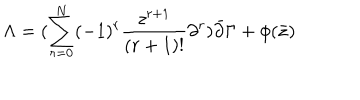
LaTeX: \Lambda = ( \sum _ { r = 0 } ^ { N } ( - 1 ) ^ { r } \frac { z ^ { r + 1 } } { ( r + 1 ) ! } \partial ^ { r } ) \bar { \partial } \Gamma + \phi ( \bar { z } )